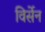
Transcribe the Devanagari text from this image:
विर्सेन